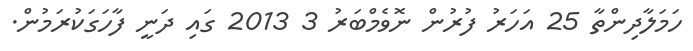
ހަމަލާދިންތާ 25 އަހަރު ފުރުން ނޮވެމްބަރު 3 2013 ގައި ދަނީ ފާހަގަކުރަމުން.